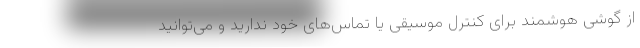
از گوشی هوشمند برای کنترل موسیقی یا تماس‌های خود ندارید و می‌توانید